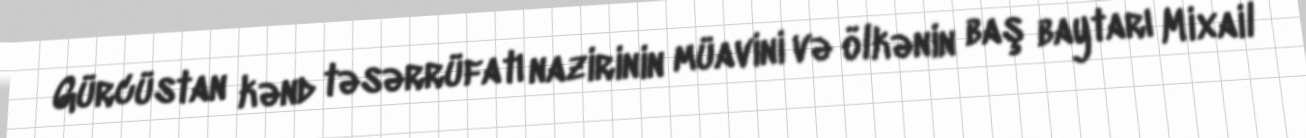
Gürcüstan kənd təsərrüfatı nazirinin müavini və ölkənin baş baytarı Mixail